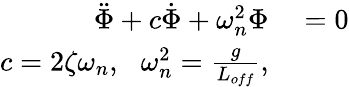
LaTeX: \begin{array}{rl}{\ddot{\Phi}+c\dot{\Phi}+\omega_{n}^{2}\Phi}&{{}=0}\\ {c=2\zeta\omega_{n},\: \: \: \omega_{n}^{2}=\frac{g}{L_{off}},}\end{array}